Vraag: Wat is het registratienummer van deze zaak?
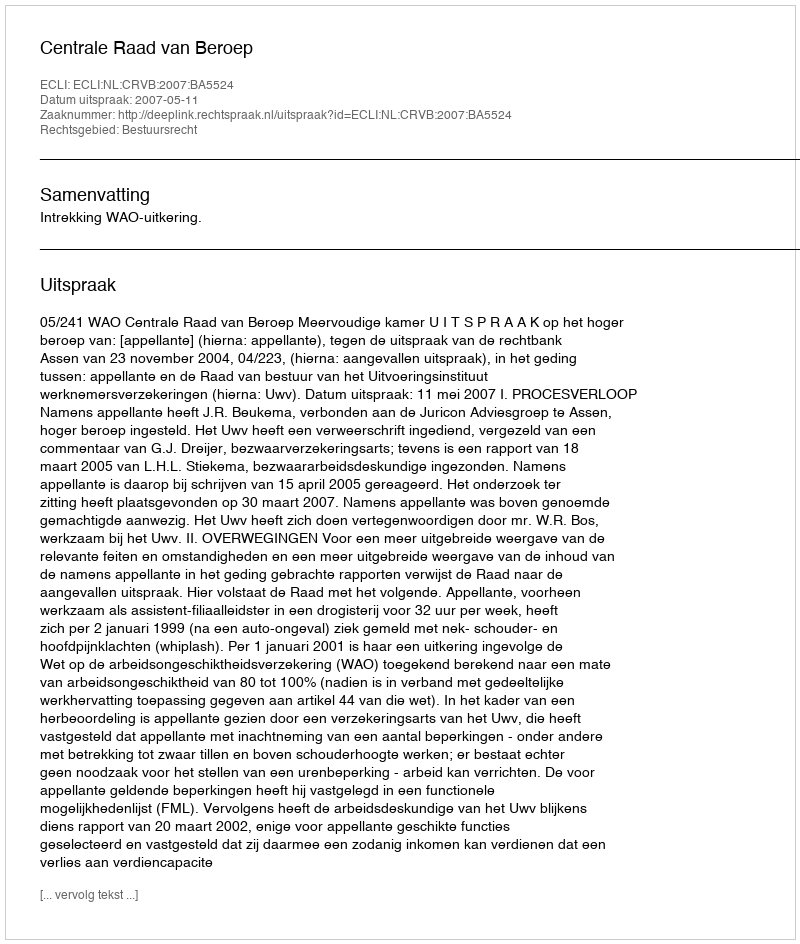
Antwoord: http://deeplink.rechtspraak.nl/uitspraak?id=ECLI:NL:CRVB:2007:BA5524